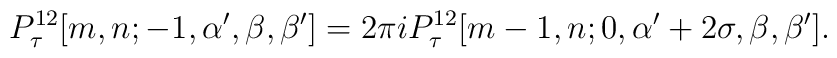
P^{12}_\tau[m,n;-1,\alpha',\beta,\beta'] =2\pi i P^{12}_\tau[m-1,n;0,\alpha'+2\sigma,\beta,\beta'].